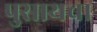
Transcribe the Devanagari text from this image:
पुसायचा